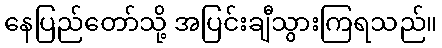
နေပြည်တော်သို့ အပြင်းချီသွားကြရသည်။